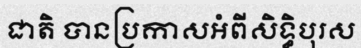
ជាតិ បានប្រកាសអំពីសិទ្ធិបុរស